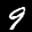
Label: 9